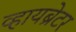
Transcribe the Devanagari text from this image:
व्हायब्रेटर